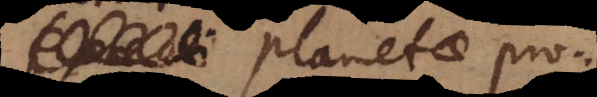
planetae pro